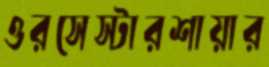
ওরসেস্টারশায়ার